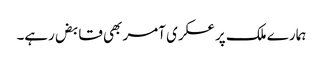
ہمارے ملک پر عسکری آمر بھی قابض رہے۔